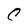
Character: C